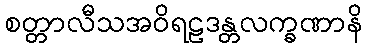
စတ္တာလီသအဝိရဠဒန္တလက္ခဏာနိ